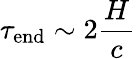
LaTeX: \tau_{\mathrm{end}}\sim 2{\frac{H}{c}}